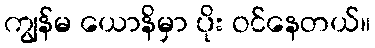
ကျွန်မ ယောနိမှာ ပိုး ဝင်နေတယ်။